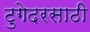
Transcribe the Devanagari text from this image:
टुगेदरसाठी